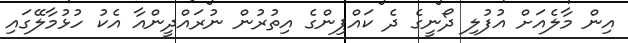
އިން މާލެއަށް އުފުލި ދޯނީގެ ދެ ކައްޕިންގެ އިތުރުން ނުރައްދީންއާ އެކު ހުޅުމާލޭގައި